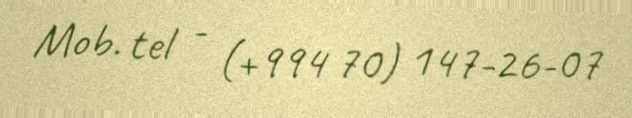
Mob. tel - (+994 70) 147-26-07